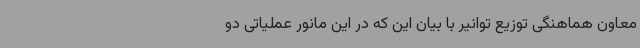
معاون هماهنگی توزیع توانیر با بیان این که در این مانور عملیاتی دو